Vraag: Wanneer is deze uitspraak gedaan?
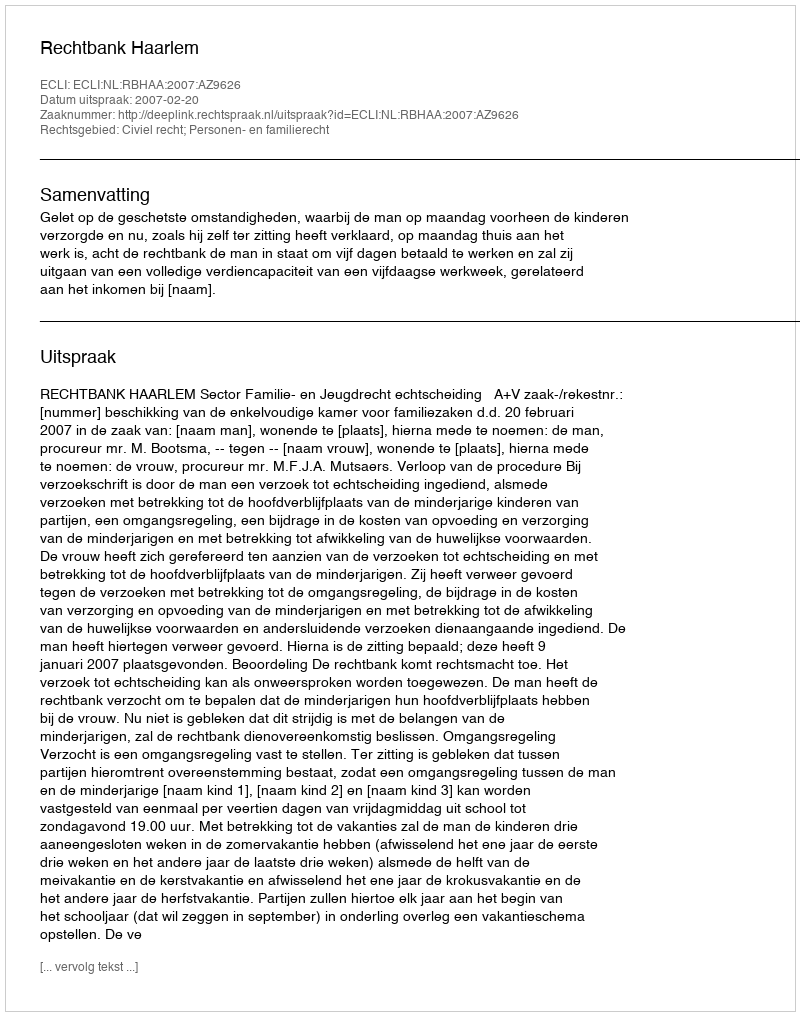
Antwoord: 2007-02-20